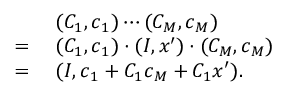
\begin{array} { r l } & { \; ( C _ { 1 } , \boldsymbol { c } _ { 1 } ) \cdots ( C _ { M } , \boldsymbol { c } _ { M } ) } \\ { = } & { \; ( C _ { 1 } , \boldsymbol { c } _ { 1 } ) \cdot ( I , \boldsymbol { x } ^ { \prime } ) \cdot ( C _ { M } , \boldsymbol { c } _ { M } ) } \\ { = } & { \; ( I , \boldsymbol { c } _ { 1 } + C _ { 1 } \boldsymbol { c } _ { M } + C _ { 1 } \boldsymbol { x } ^ { \prime } ) . } \end{array}